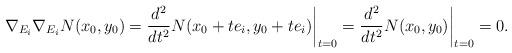
LaTeX: \begin{align*}\nabla_{E_i}\nabla_{E_i}N(x_0,y_0)=\frac{d^2}{dt^2}N(x_0+te_i,y_0+te_i)\bigg|_{t=0}=\frac{d^2}{dt^2}N(x_0,y_0)\bigg|_{t=0}=0.\end{align*}